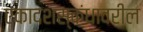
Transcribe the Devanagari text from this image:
एकादशस्कंधावरील